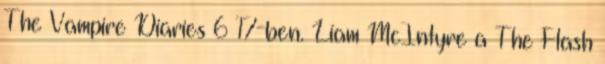
The Vampire Diaries 6×17-ben. Liam McIntyre a The Flash